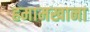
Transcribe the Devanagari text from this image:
हमामखाना